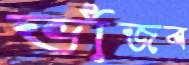
ভাঁজব